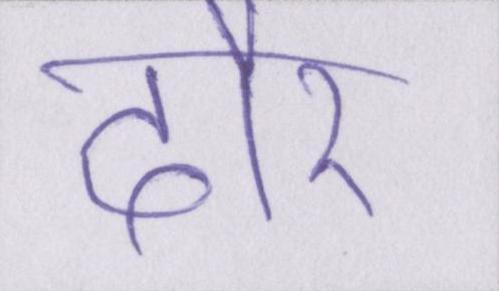
दौर